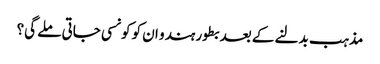
مذہب بدلنے کے بعد بطور ہندو ان کو کونسی جاتی ملے گی؟